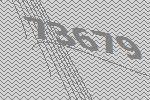
73679